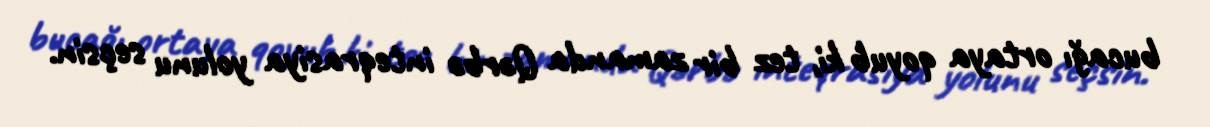
bucağı ortaya qoyub ki, tez bir zamanda Qərbə inteqrasiya yolunu seçsin.